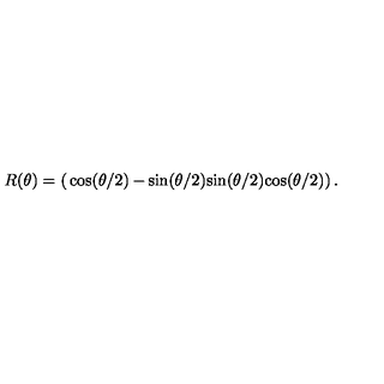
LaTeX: R ( \theta ) = \left( \begin{matrix} { \cos ( \theta / 2 ) } & { - \sin ( \theta / 2 ) } \\ { \sin ( \theta / 2 ) } & { \cos ( \theta / 2 ) } \\ \end{matrix} \right) .